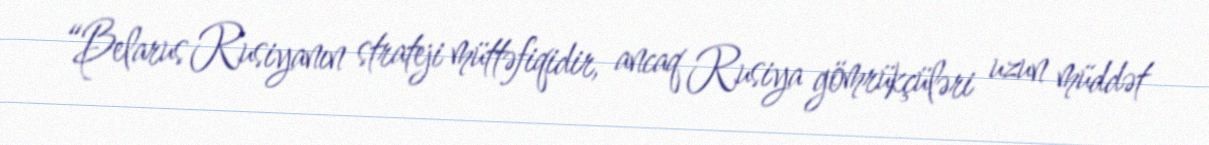
“Belarus Rusiyanın strateji müttəfiqidir, ancaq Rusiya gömrükçüləri uzun müddət